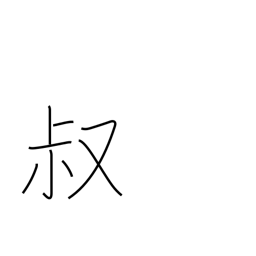
Meaning: youth